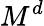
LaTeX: M^{d}